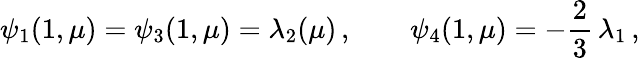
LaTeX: \psi_{1}(1,\mu)=\psi_{3}(1,\mu)=\lambda_{2}(\mu)\, ,\qquad\psi_{4}(1,\mu)=-\frac 23\, \lambda_{1}\, ,